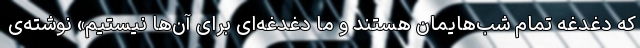
که دغدغه تمام شب‌هایمان هستند و ما دغدغه‌ای برای آن‌ها نیستیم» نوشته‌ی